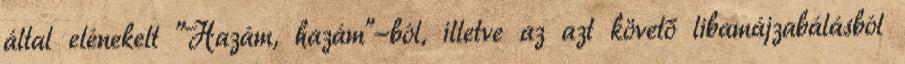
által elénekelt "Hazám, hazám"-ból, illetve az azt követő libamájzabálásból